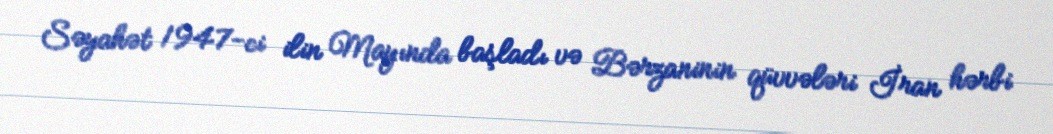
Səyahət 1947-ci ilin Mayında başladı və Bərzaninin qüvvələri İran hərbi